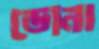
ডোনা